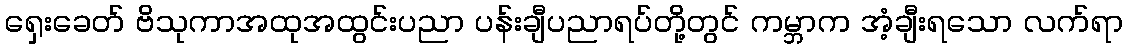
ရှေးခေတ် ဗိသုကာအထုအထွင်းပညာ ပန်းချီပညာရပ်တို့တွင် ကမ္ဘာက အံ့ချီးရသော လက်ရာ